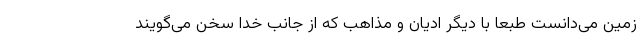
زمین می‌دانست طبعاً با دیگر ادیان و مذاهب که از جانب خدا سخن می‌گویند